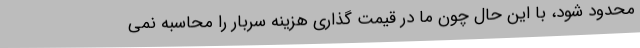
محدود شود، با این حال چون ما در قیمت گذاری هزینه سربار را محاسبه نمی